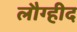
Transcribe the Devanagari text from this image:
लौग्हीद